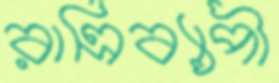
রাত্রিব্যাপী